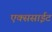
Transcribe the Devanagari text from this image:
एक्ससाईट